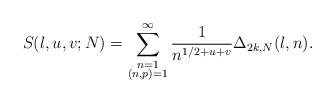
LaTeX: \begin{align*} S(l,u,v;N)=\sum_{\substack{n=1\\(n,p)=1}}^{\infty}\frac{1}{n^{1/2+u+v}}\Delta_{2k,N}(l,n).\end{align*}